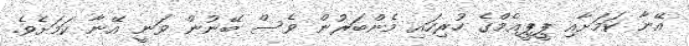
އޭނާ ކަމަށާއި ޕީޕީއެމްގެ ހުރިހައި މެންބަރުން ވެސް ބޭނުން ވަނީ އޭނާ ކަމަށެވެ.